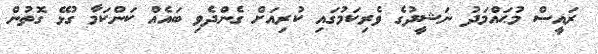
ރައީސް މުޙައްމަދު ނަޝީދުގެ ވެރިކަމުގައި ކުރިއަށް ގެންދެވި ބައެއް ކަންކަމާ ގުޅޭ ގޮތުން